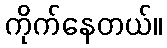
ကိုက်နေတယ်။